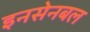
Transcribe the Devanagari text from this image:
इनसेनबल